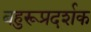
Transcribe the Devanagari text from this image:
बहुरूप्रदर्शक